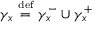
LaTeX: \gamma _ { x } \ { \overset { \underset { \mathrm { d e f } } { } } { = } } \ \gamma _ { x } ^ { - } \cup \gamma _ { x } ^ { + }